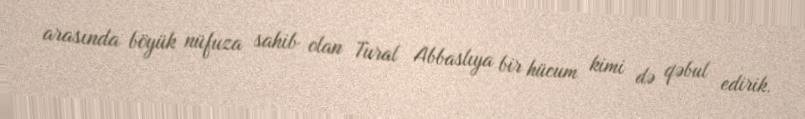
arasında böyük nüfuza sahib olan Tural Abbaslıya bir hücum kimi də qəbul edirik.